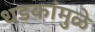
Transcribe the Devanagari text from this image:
धडकांमुळे